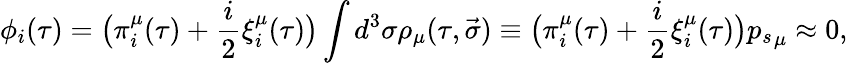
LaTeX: \phi_{i}(\tau)=\big(\pi_{i}^{\mu}(\tau)+\frac i2\xi_{i}^{\mu}(\tau)\big)\int{d^{3}\sigma\rho_{\mu}(\tau,\vec{\sigma})\equiv\big(\pi_{i}^{\mu}(\tau)+\frac i2\xi_{i}^{\mu}(\tau)\big){p_{s}}_{\mu}}\approx 0,